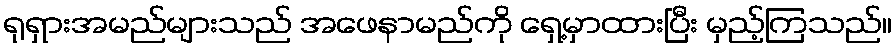
ရုရှားအမည်များသည် အဖေနာမည်ကို ရှေ့မှာထားပြီး မှည့်ကြသည်။